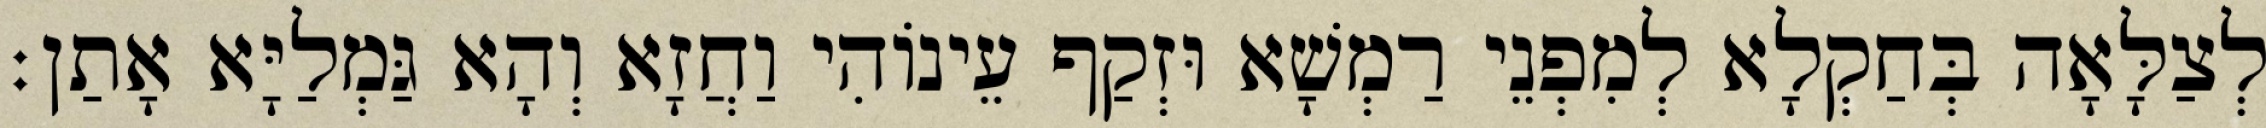
לְצַלָּאָה בְּחַקְלָא לְמִפְנֵי רַמְשָׁא וּזְקַף עֵינוֹהִי וַחֲזָא וְהָא גַּמְלַיָּא אָתַן׃